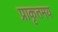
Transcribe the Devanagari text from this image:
प्राकृतमय